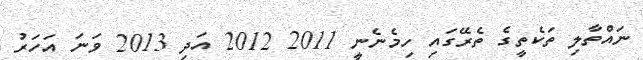
ނައްތާލި ތަކެތީގެ ތެރޭގައި ހިމެނެނީ 2011 2012 އަދި 2013 ވަނަ އަހަރު